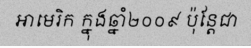
អាមេរិក ក្នុងឆ្នាំ២០០៩ ប៉ុន្តែជា